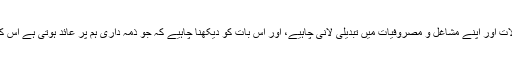
ہم میں سے ہر ایک کو اپنے طور طریقوں اور رویوں میں، اپنے شب و روز کے معمولات اور اپنے مشاغل و مصروفیات میں تبدیلی لانی چاہیے، اور اس بات کو دیکھنا چاہیے کہ جو ذمہ داری ہم پر عائد ہوتی ہے اس کے بوجھ کو ہلکا کرنے اور فی الحقیقت اس کو نبھانے کے لیے کیا کچھ کیا جاسکتا ہے۔